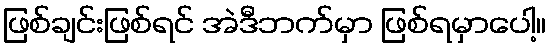
ဖြစ်ချင်းဖြစ်ရင် အဲဒီဘက်မှာ ဖြစ်ရမှာပေါ့။